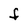
Character: F